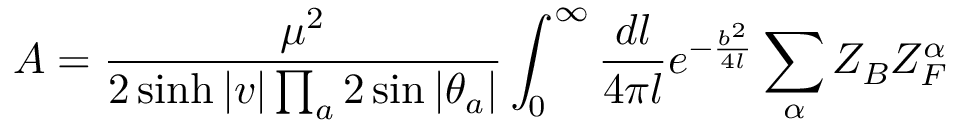
{ \cal A } = \frac { \mu ^ { 2 } } { 2 \sinh | v | \prod _ { a } 2 \sin | \theta _ { a } | } \int _ { 0 } ^ { \infty } \frac { d l } { 4 \pi l } e ^ { - \frac { b ^ { 2 } } { 4 l } } \sum _ { \alpha } Z _ { B } Z _ { F } ^ { \alpha }